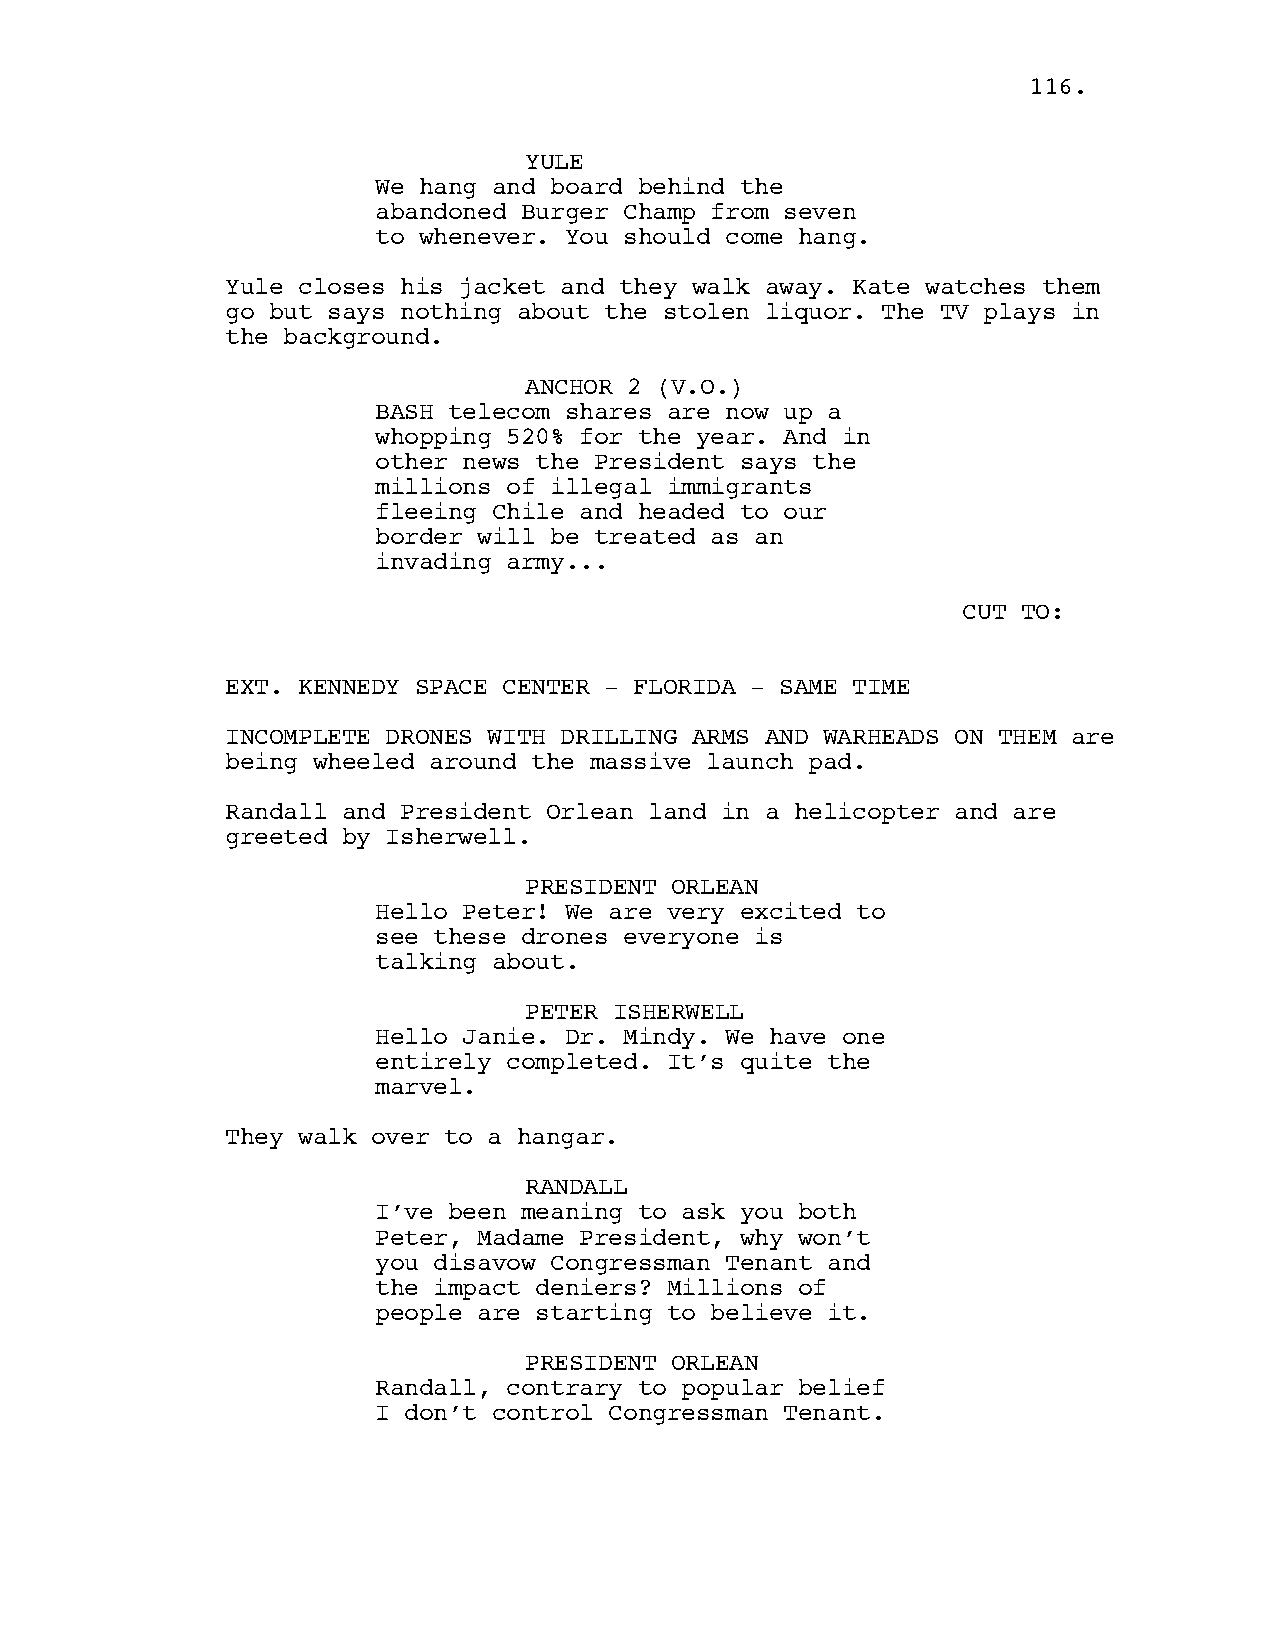
111166..
 YULE
 We hang and board behind the
 abandoned Burger Champ from seven
 to whenever. You should come hang.
 Yule closes his jacket and they walk away. Kate watches them
 go but says nothing about the stolen liquor. The TV plays in
 the background.
 ANCHOR 2 (V.O.)
 BASH telecom shares are now up a
 whopping 520% for the year. And in
 other news the President says the
 millions of illegal immigrants
 fleeing Chile and headed to our
 border will be treated as an
 invading army...
 CUT TO:
 EXT. KENNEDY SPACE CENTER - FLORIDA - SAME TIME
 INCOMPLETE DRONES WITH DRILLING ARMS AND WARHEADS ON THEM are
 being wheeled around the massive launch pad.
 Randall and President Orlean land in a helicopter and are
 greeted by Isherwell.
 PRESIDENT ORLEAN
 Hello Peter! We are very excited to
 see these drones everyone is
 talking about.
 PETER ISHERWELL
 Hello Janie. Dr. Mindy. We have one
 entirely completed. It’s quite the
 marvel.
 They walk over to a hangar.
 RANDALL
 I’ve been meaning to ask you both
 Peter, Madame President, why won’t
 you disavow Congressman Tenant and
 the impact deniers? Millions of
 people are starting to believe it.
 PRESIDENT ORLEAN
 Randall, contrary to popular belief
 I don’t control Congressman Tenant.